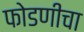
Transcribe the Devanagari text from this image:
फोडणीचा